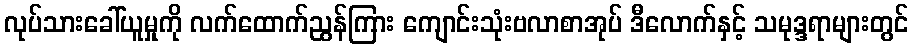
လုပ်သားခေါ်ယူမှုကို လက်ထောက်ညွန်ကြား ကျောင်းသုံးဗလာစာအုပ် ဒီလောက်နှင့် သမုဒ္ဒရာများတွင်